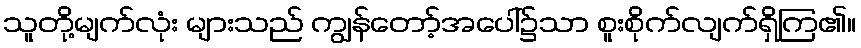
သူတို့မျက်လုံး များသည် ကျွန်တော့်အပေါ်၌သာ စူးစိုက်လျက်ရှိကြ၏။